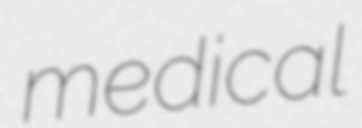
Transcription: medical